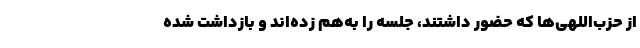
از حزب‌اللهی‌ها که حضور داشتند، جلسه را به‌هم زده‌اند و بازداشت شده‌